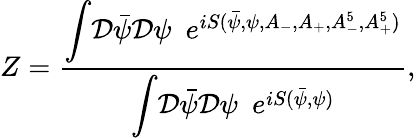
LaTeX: Z=\frac{{\displaystyle\int}{\cal D}{\bar{\psi}}{\cal D}\psi\, \, \, {\displaystyle e}^{iS({\bar{\psi}},\psi,A_{-},A_{+},A_{-}^{5},A_{+}^{5})}}{{\displaystyle\int}{\cal D}{\bar{\psi}}{\cal D}\psi\, \, \, {\displaystyle e}^{iS({\bar{\psi}},\psi)}},